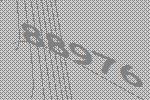
88976